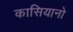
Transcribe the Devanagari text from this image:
कासियानो